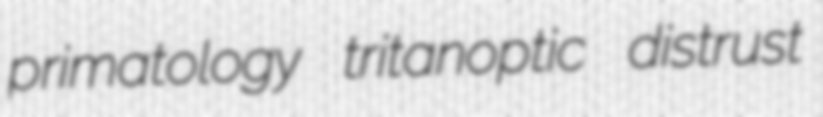
primatology tritanoptic distrust